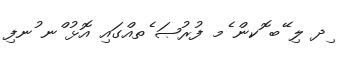
ިދ ލި ޭބ ޮކން ެމ ފުރުޞަ ެތއްގައި އޮޅު ްނ ުނފި